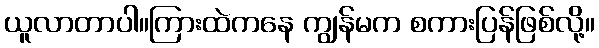
ယူလာတာပါ။ကြားထဲကနေ ကျွန်မက စကားပြန်ဖြစ်လို့။